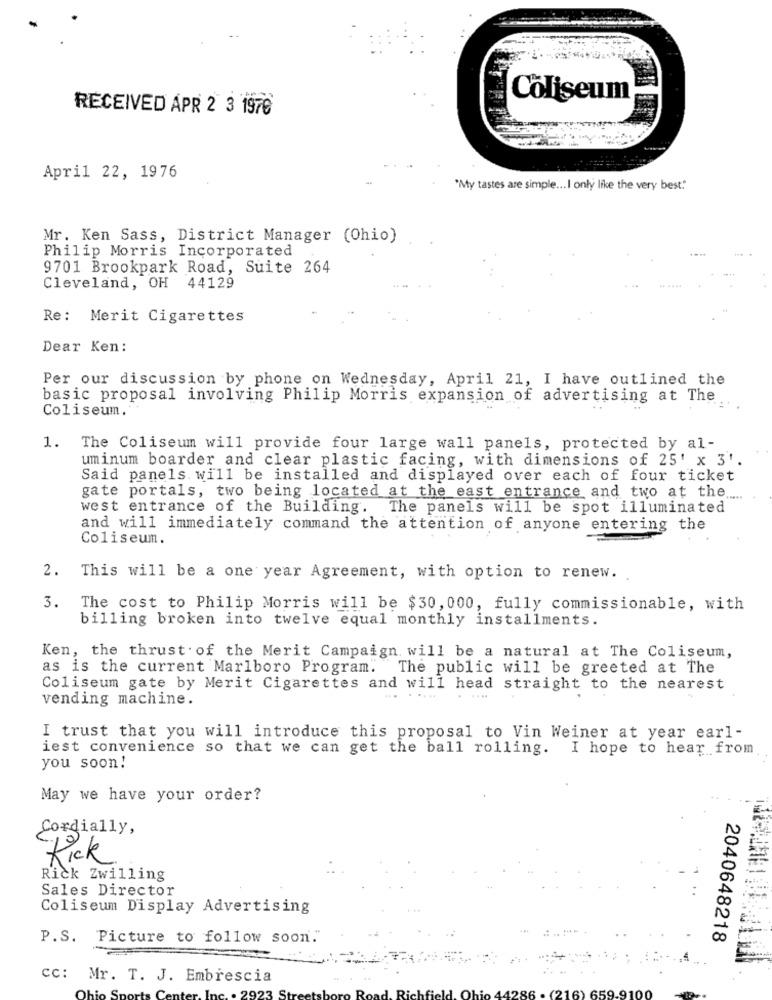
Coliseum
RECEIVED APR 2 3 1970
April 22, 1976
"My tastes are simple ... I only like the very best."
Mr. Ken Sass, District Manager (Ohio)
Philip Morris Incorporated
9701 Brookpark Road, Suite 264
Cleveland, OH 44129
Re: Merit Cigarettes
Dear Ken:
Per our discussion by phone on Wednesday, April 21, I have outlined the
basic proposal involving Philip Morris expansion of advertising at The
Coliseum.
1. The Coliseum will provide four large wall panels, protected by al-
uminum boarder and clear plastic facing, with dimensions of 25' x 3'.
Said panels will be installed and displayed over each of four ticket
gate portals, two being located at the east entrance and two at the .....
west entrance of the Building. The panels will be spot illuminated
and will immediately command the attention of anyone entering the
Coliseum.
2. This will be a one year Agreement, with option to renew ..
3. The cost to Philip Morris will be $30, 000, fully commissionable, with
billing broken into twelve equal monthly installments.
Ken, the thrust of the Merit Campaign will be a natural at The Coliseum,
as is the current Marlboro Program. The public will be greeted at The
Coliseum gate by Merit Cigarettes and will head straight to the nearest
vending machine.
I trust that you will introduce this proposal to Vin Weiner at year earl-
iest convenience so that we can get the ball rolling. I hope to hear from
you soon!
May we have your order?
Cordially,
Kick
Rick Zwilling
Sales Director
Coliseum Display Advertising
P.S. Picture to follow soon."
2040648218
cc: Mr. T. J. Embrescia
100